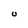
Character: U